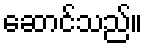
ဆောင်သည်။